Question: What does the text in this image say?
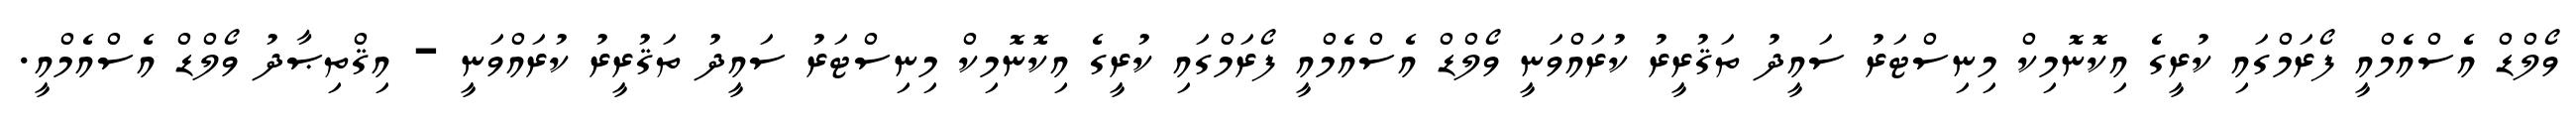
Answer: ވޯލްޑް އެސްއެމްއީ ފޯރަމްގައި ކުރީގެ އިކޮނޮމިކް މިނިސްޓަރު ސައީދު ތަޤުރީރު ކުރައްވަނީ ވޯލްޑް އެސްއެމްއީ ފޯރަމްގައި ކުރީގެ އިކޮނޮމިކް މިނިސްޓަރު ސައީދު ތަޤުރީރު ކުރައްވަނީ - އިޤްތިޞާދު ވޯލްޑް އެސްއެމްއީ.